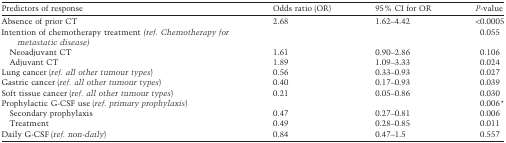
<table><thead><tr><td><b>Predictors of response</b></td><td><b>Odds ratio (OR)</b></td><td><b>95% CI for OR</b></td><td><b><i>P</i>-value</b></td></tr></thead><tbody><tr><td>Absence of prior CT</td><td>2.68</td><td>1.62–4.42</td><td>&lt;0.0005</td></tr><tr><td>Intention of chemotherapy treatment <i>(ref. Chemotherapy for metastatic disease)</i></td><td></td><td></td><td>0.055</td></tr><tr><td> Neoadjuvant CT</td><td>1.61</td><td>0.90–2.86</td><td>0.106</td></tr><tr><td> Adjuvant CT</td><td>1.89</td><td>1.09–3.33</td><td>0.024</td></tr><tr><td>Lung cancer (<i>ref. all other tumour types</i>)</td><td>0.56</td><td>0.33–0.93</td><td>0.027</td></tr><tr><td>Gastric cancer (<i>ref. all other tumour types</i>)</td><td>0.40</td><td>0.17–0.93</td><td>0.039</td></tr><tr><td>Soft tissue cancer (<i>ref. all other tumour types</i>)</td><td>0.21</td><td>0.05–0.86</td><td>0.030</td></tr><tr><td>Prophylactic G-CSF use (<i>ref. primary prophylaxis</i>)</td><td></td><td></td><td>0.006*</td></tr><tr><td> Secondary prophylaxis</td><td>0.47</td><td>0.27–0.81</td><td>0.006</td></tr><tr><td> Treatment</td><td>0.49</td><td>0.28–0.85</td><td>0.011</td></tr><tr><td>Daily G-CSF (<i>ref. non-daily</i>)</td><td>0.84</td><td>0.47–1.5</td><td>0.557</td></tr></tbody></table>